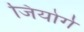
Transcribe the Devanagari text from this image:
जियोर्ग